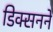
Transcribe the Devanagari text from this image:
डिक्सनने